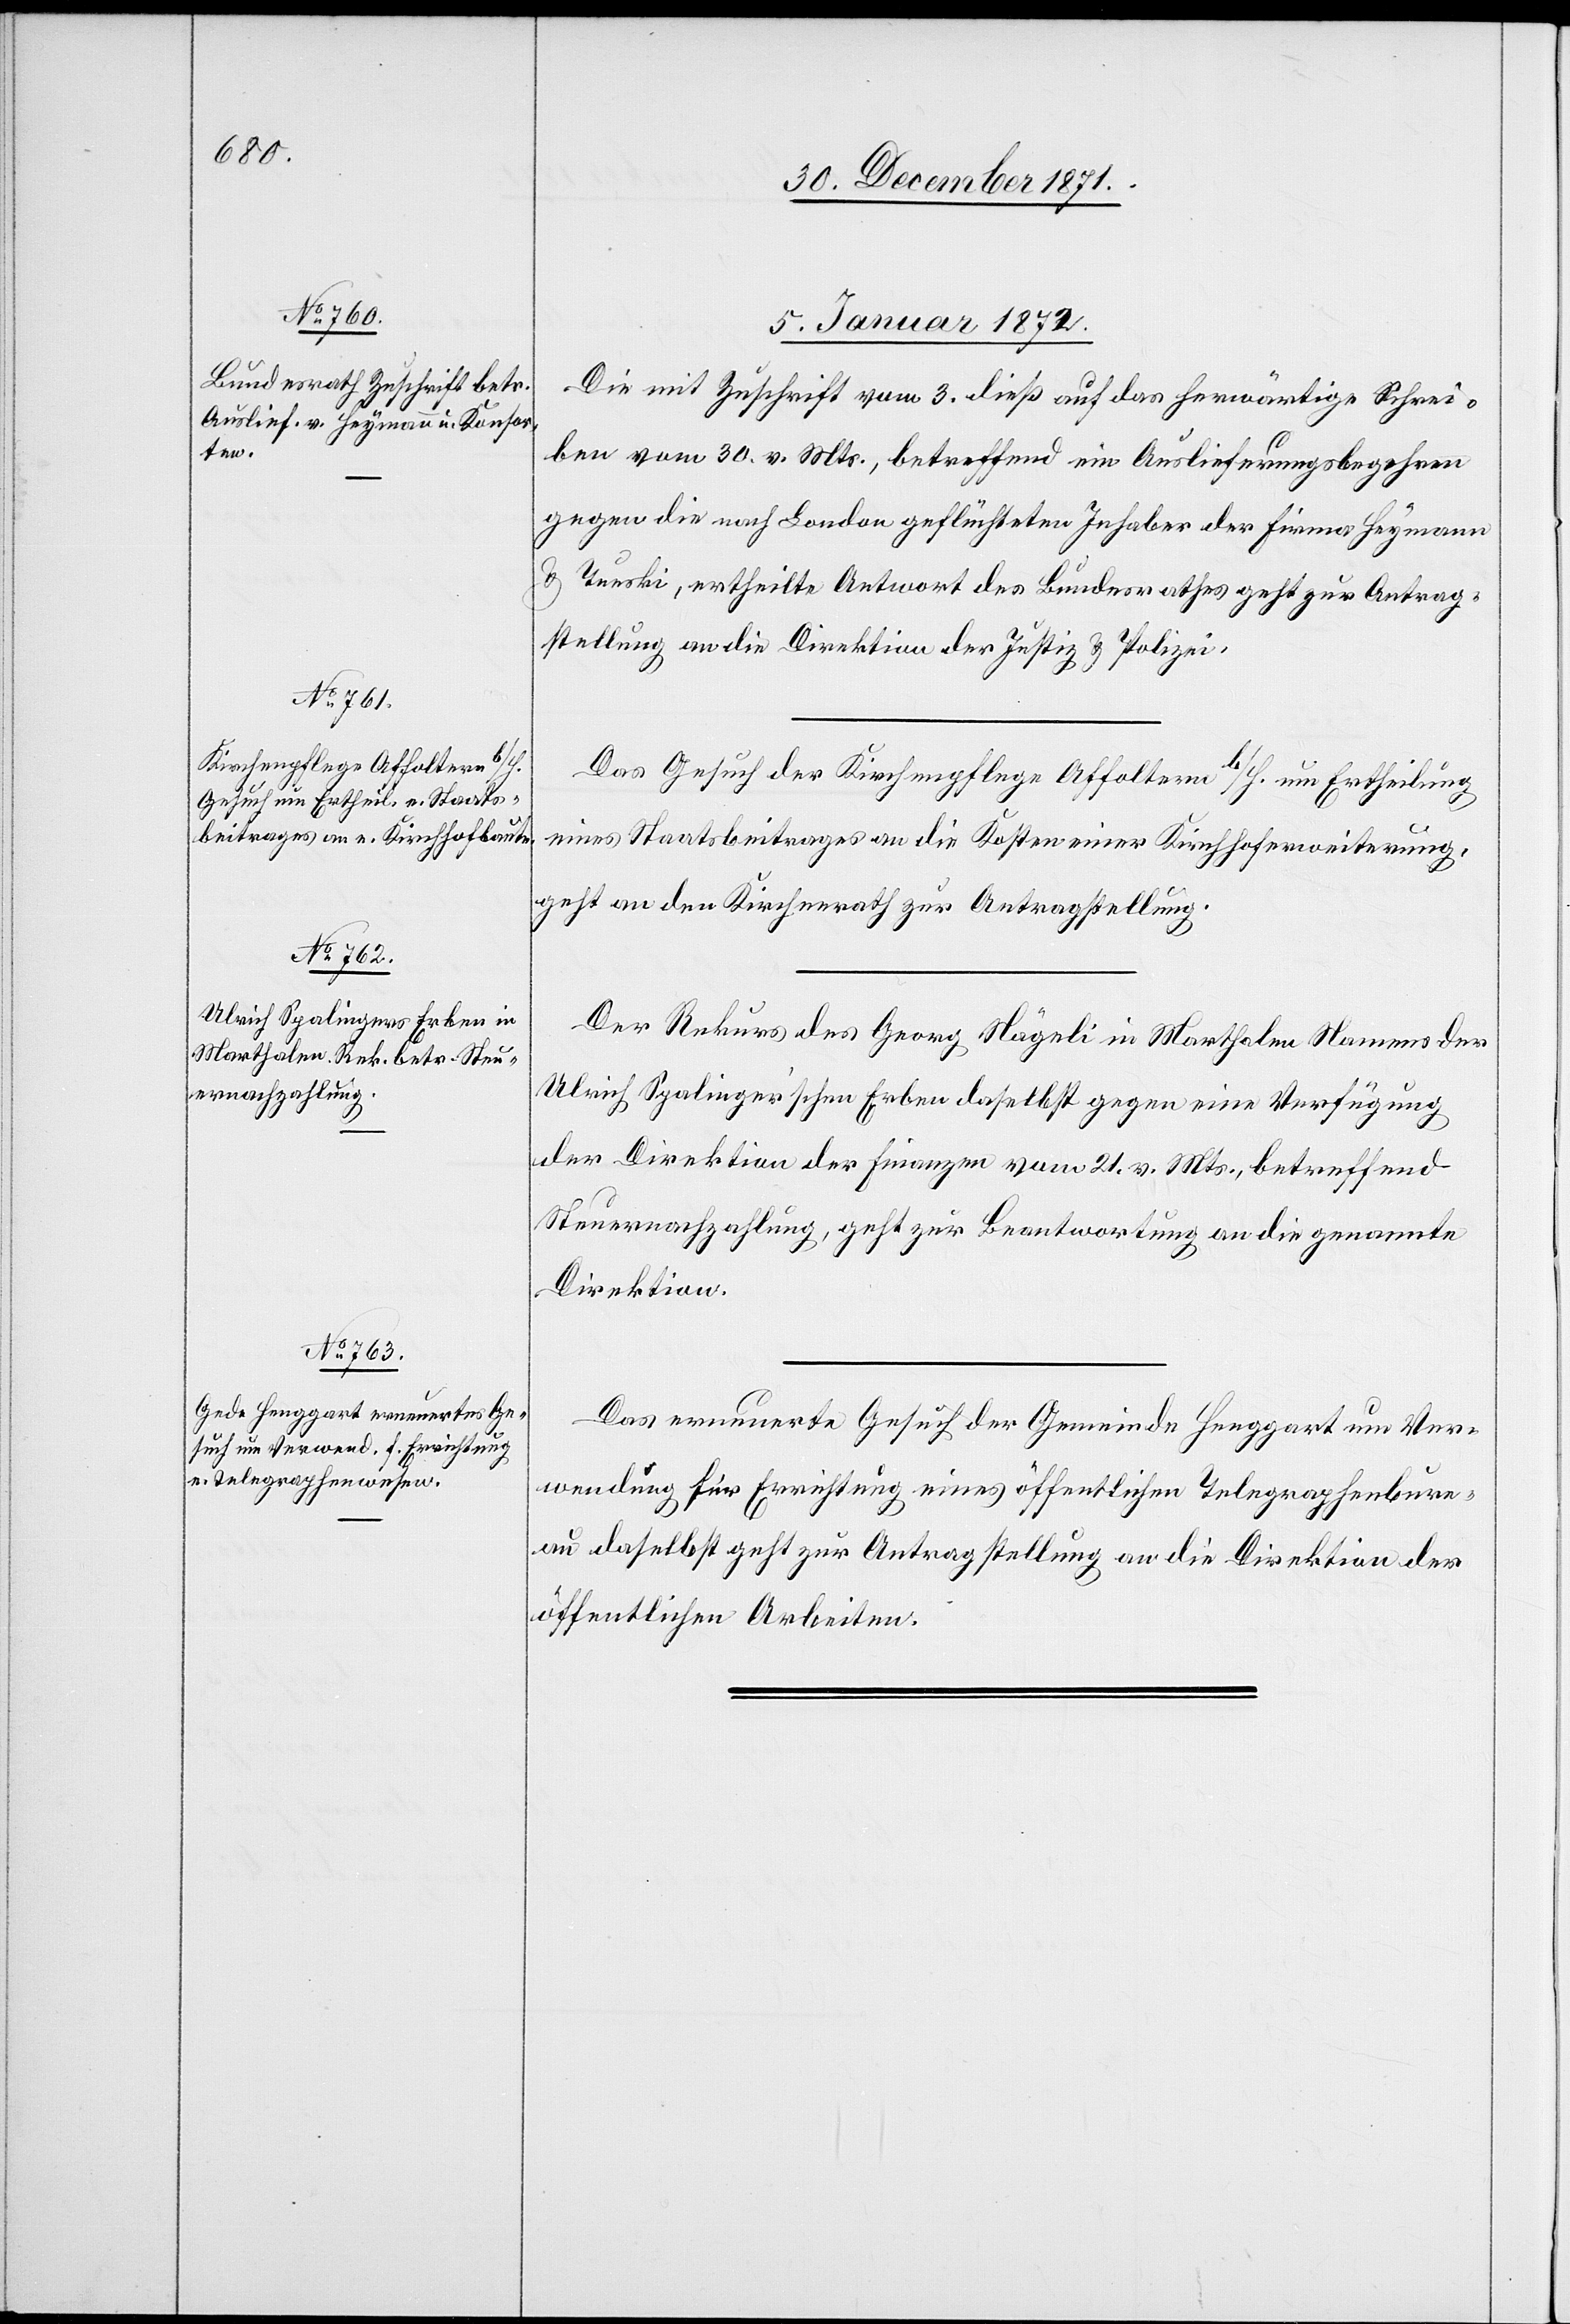
5. Januar 1872.]
Die mit Zuschrift vom 3. dieß auf das herwärtige Schrei¬
ben vom 30. v. Mts, betreffend ein Auslieferungsbegehren
gegen die nach London geflüchteten Inhaber der Firma Heymann
&
Tueski, ertheilte Antwort des Bundesrathes geht zur Antrag¬
stellung an die Direktion der Justiz & Polizei.
Das Gesuch der Kirchenpflege Affoltern b/H. um Ertheilung
eines Staatsbeitrages an die Kosten einer Kirchhoferweiterung,
geht an den Kirchenrath zur Antragstellung.
Der Rekurs des Georg Nägeli in Marthalen Namens der
Ulrich Spalinger’schen Erben daselbst gegen eine Verfügung
der Direktion der Finanzen vom 21. v. Mts., betreffend
Steuernachzahlung, geht zur Beantwortung an die genannte
Direktion.
Das erneuerte Gesuch der Gemeinde Henggart um Ver¬
wendung für Errichtung eines öffentlichen Telegraphenbure¬
au daselbst geht zur Antragstellung an die Direktion der
öffentlichen Arbeiten.